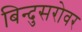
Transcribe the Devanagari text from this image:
बिन्दुसरोवर